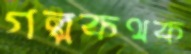
গল্পকথক